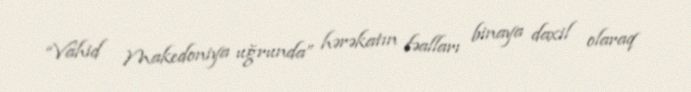
“Vahid Makedoniya uğrunda” hərəkatın fəalları binaya daxil olaraq